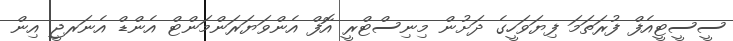
ސީސީޓީއެފް ފުރަތަމަ ފިޔަވަހީގެ ދަށުން މިނިސްޓްރީ އޮފް އެންވަޔަރަންމަންޓް އެންޑް އެނަރޖީ އިން